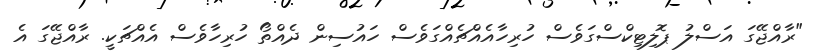
"ރާއްޖޭގަ އަސްލު ޕޮލިޓިކްސްގަވެސް ހުރިހާއެއްޗެއްގަވެސް ހައުސިން ދެއްތޯ ހުރިހާވެސް އެއްޗަކީ. ރާއްޖޭގަ އެ